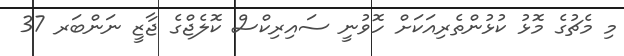
މި މެޗުގެ މޮޅު ކުޅުންތެރިއަކަށް ހޮވުނީ ސައިރިކްސް ކޮލެޖްގެ ޖާޒީ ނަންބަރ 37